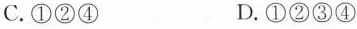
C.①②④ D.①②③④